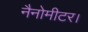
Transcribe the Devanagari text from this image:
नैनोमीटर।